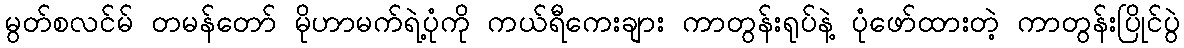
မွတ်စလင်မ် တမန်တော် မိုဟာမက်ရဲ့ပုံကို ကယ်ရီကေးချား ကာတွန်းရုပ်နဲ့ ပုံဖော်ထားတဲ့ ကာတွန်းပြိုင်ပွဲ